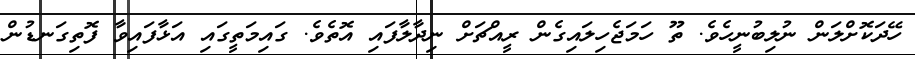
ހޭދަކޮށްލަން ނުލިބުނީހެވެ. ތޫ ހަމަޖެހިލައިގެން ރީއްޗަށް ނިދާލާފައި އޮތެވެ. ގައިމަތީގައި އަޅާފައިވާ ފޮތިގަނޑުން